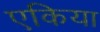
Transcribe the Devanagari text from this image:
एकिया